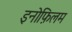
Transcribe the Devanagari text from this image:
इनोफ़िलम